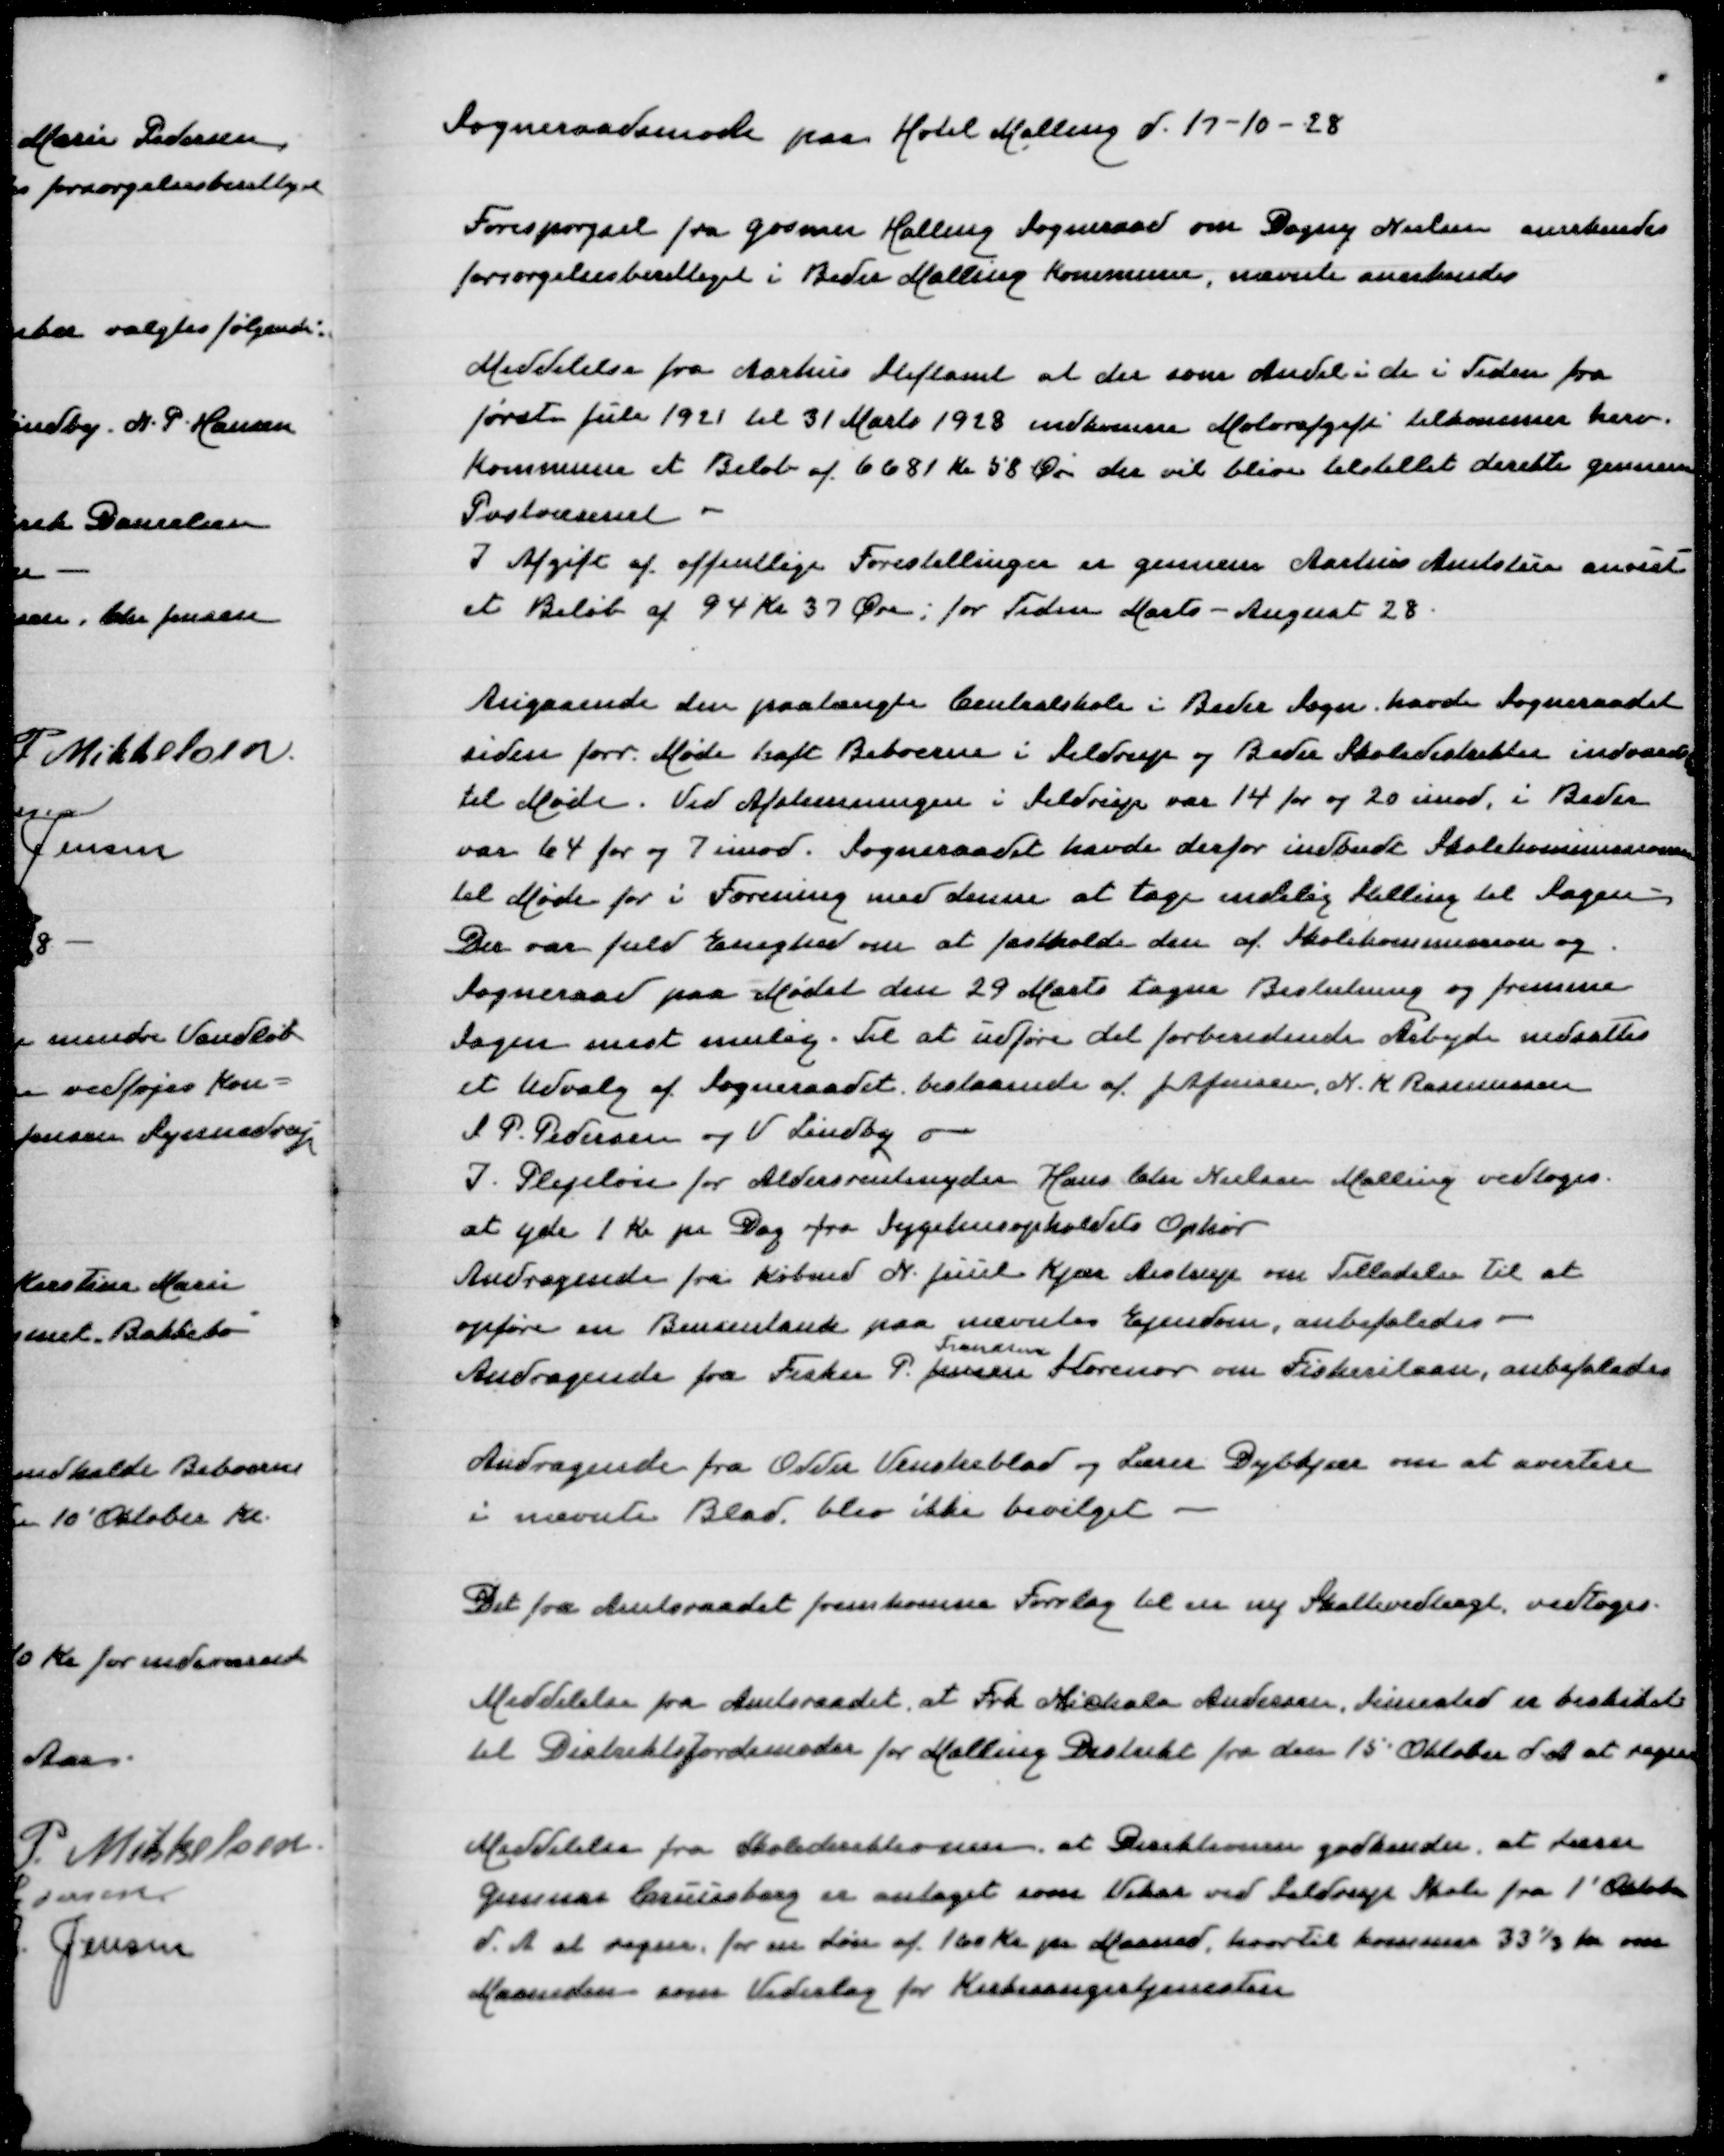
Transskription:
Sogneraadsmøde paa Hotel Malling d 17-10-28

Forespørgsel fra Gosmer Halling Sogneraad om Dagny Nielsen anerkendes
forsørgelsesberettiget i Beder Malling Kommune, nævnte anerkendes

Meddelelse fra Aarhus Stiftamt at der som Andel i de i Tiden fra
første Juli 1921 til 31 Marts 1928 indkomne Motorafgift tilkommer herv
Kommune et Beløb af 6681 Kr 58 Øre der vil blive tilstillet direkte gennem
Postvæsenet
I Afgiftaf offentlige Forestillinger er gennem Aarhus Amtstue anvist
et Beløb af 94 Kr 37 Øre for Tiden Marts-August 28

Angaaende den paatængte Centralskole i Beder Sogn, havde Sogneraadet
inden forr Møde haft Beboerne i Seldrup og Beder Skoledistrikt indvarslet
til Møde. Ved Afstemningen i Seldrup var 14 for og 20 imod, i Beder
var 64 for og 7 imod. Sogneraadet havde derfor indbudt Skolekommissionen
til Møde for i Forening med denne at tage Stilling til Sagen
Der var fuld Enighed om at fastholde den af Skolekommission og
Sogneraad paa Mødet den 29 Marts tagne Beslutning og fremme
Sagen mest mulig. Til at udføre det forberedende Arbejde nedsattes
et Udvalg af Sogneraadet bestaaende af J A Jensen, N K Rasmussen
S P Pedersen og V Lindby
I Plejeløn for Aldersrentenyder HansChr Nielsen Malling vedtoges
at yde 1 Kr pr Dag fra Sygehusopholdets Ophør
Andragende fra Købmd N Juul Kjær Aistrup om Tilladelse til at
opføre en Bensintank paa nævntes Ejendom, anbefaledes -
Frandsen
Andragende fra Fisker P Jensen Storenor om Fiskerilaan, anbefaledes

Andragende fra Odder Venstreblad og Lærer Dybkjær om at avertere
i nævnte Blad, blev ikke bevilget

Det fra Amtsraadet fremkomne Forslag til en ny Skattevedtægt vedtoges

Meddelelse fra Amtsraadet at Frk Michala Andersen, Simested er beskiket
til Distriktsjordemoder for Malling Distrikt fra den 15 Oktober d A at regne

Meddelelse fra Skoledirektionen, at Direktionen godkender at Lærer
Gunnar Cruisborg er antaget som Vikar ved Seldrup Skole fra 1' Oktober
d A at regne, for en Løn af 160 Kr pr Maaned, hvortil kommer 331/3 Kr om
Maanenden som Vederlag for Kirkesangertjenesten